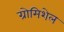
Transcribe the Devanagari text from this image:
ग्रोमिशेल